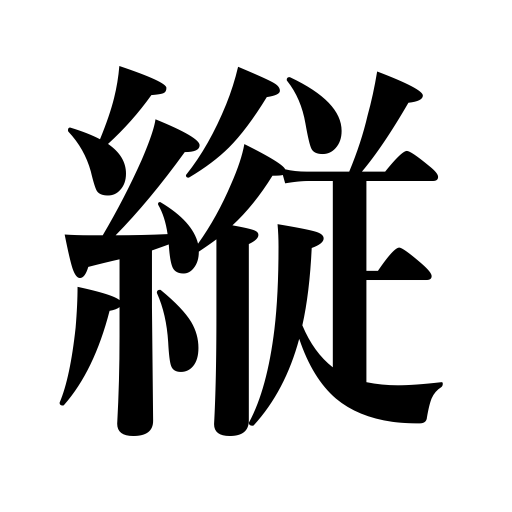
Meanings: length,warp,height